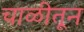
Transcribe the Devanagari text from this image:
चाळीतून